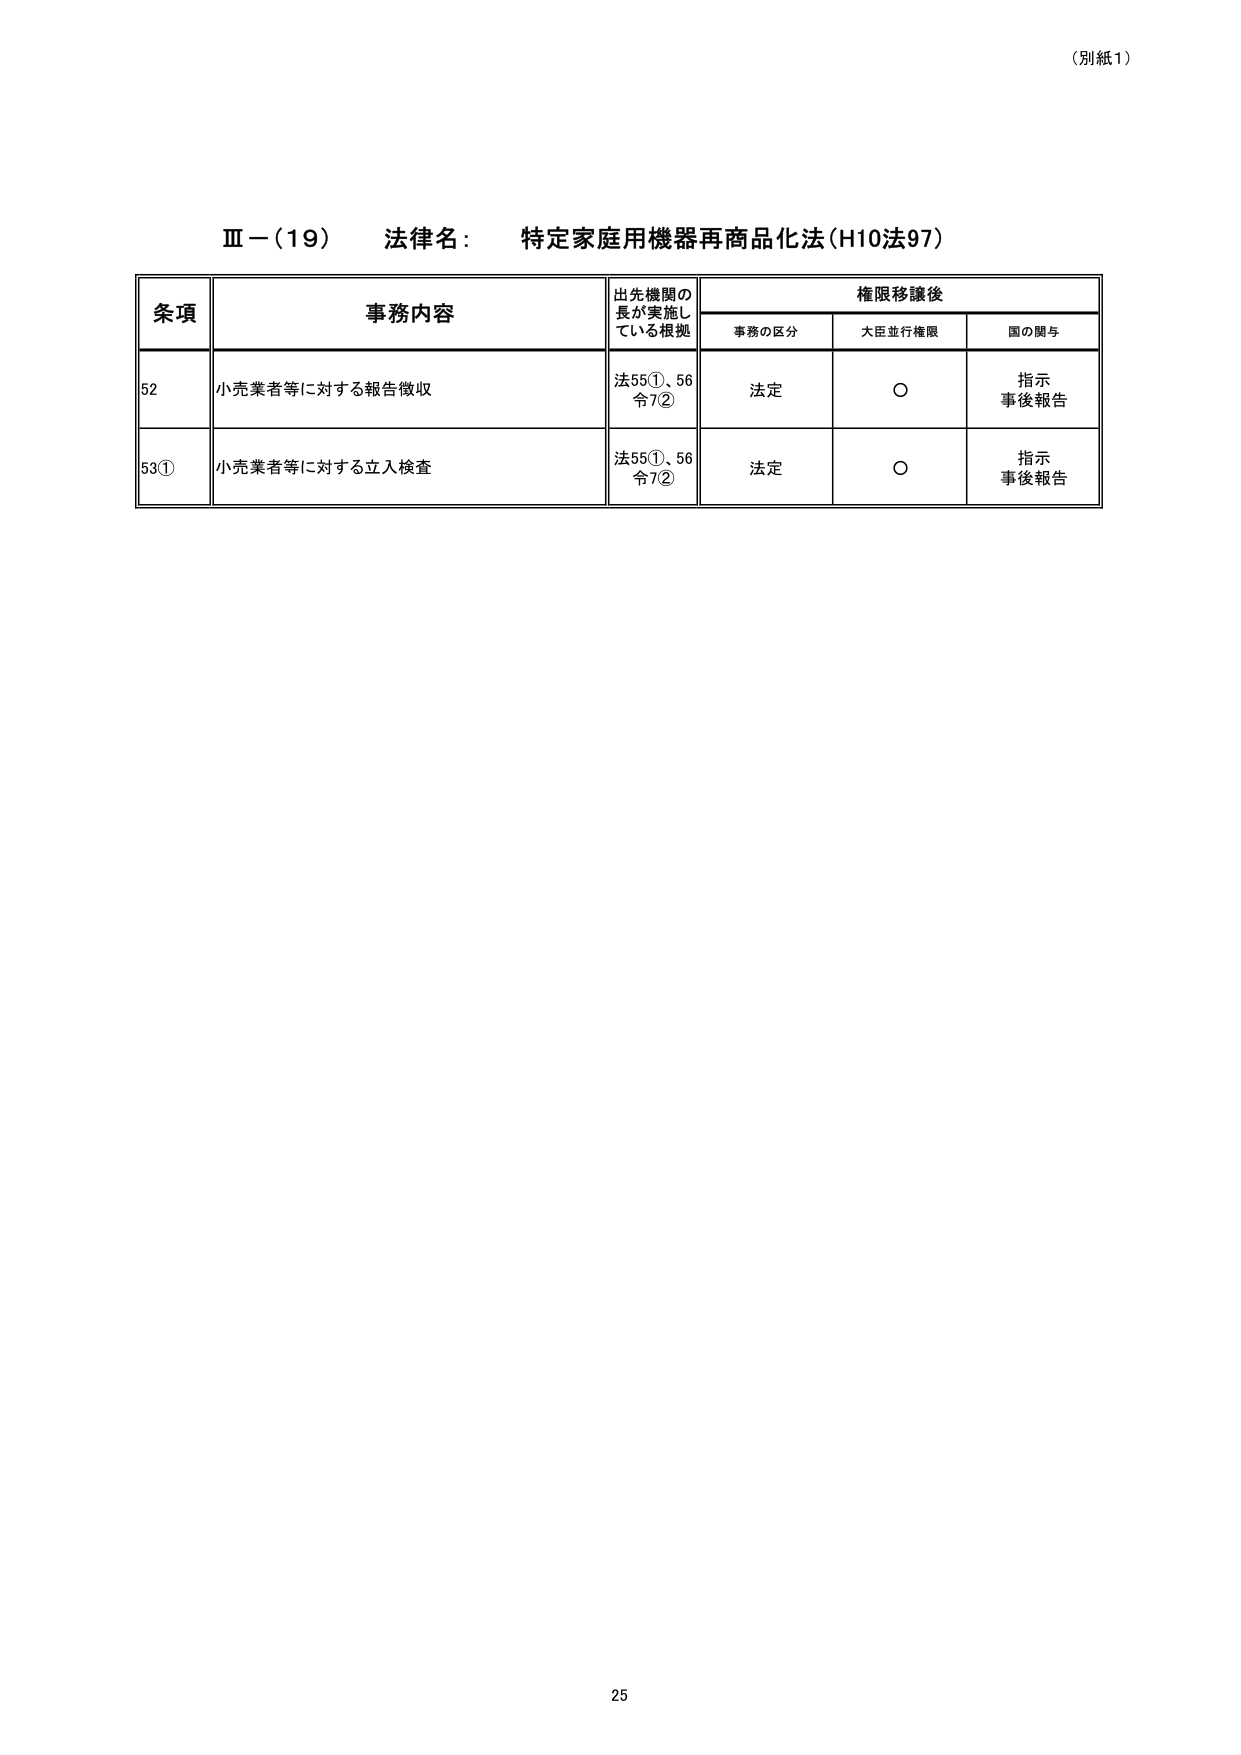
（別紙1）

Ⅲ－（19）　法律名：　特定家庭用機器再商品化法（H10法97）

条項　　　　　　　事務内容　　　　　　　出先機関の長が実施している根拠　　　　　権限移譲後
　　　　　　　　　　　　　　　　　　　　　　　　　　　　　　　　　　事務の区分　　　大臣並行権限　　　国の関与

52　　　　　小売業者等に対する報告徴収　　　法55①、56令7②　　　　　法定　　　　　○　　　　　指示事後報告

53①　　　　小売業者等に対する立入検査　　　法55①、56令7②　　　　　法定　　　　　○　　　　　指示事後報告

25